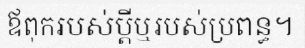
ឪពុករបស់ប្តីឬរបស់ប្រពន្ធ។